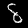
Label: 8